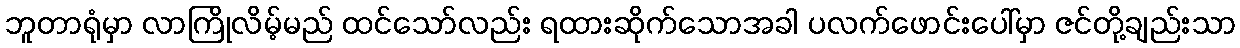
ဘူတာရုံမှာ လာကြိုလိမ့်မည် ထင်သော်လည်း ရထားဆိုက်သောအခါ ပလက်ဖောင်းပေါ်မှာ ဇင်တို့ချည်းသာ